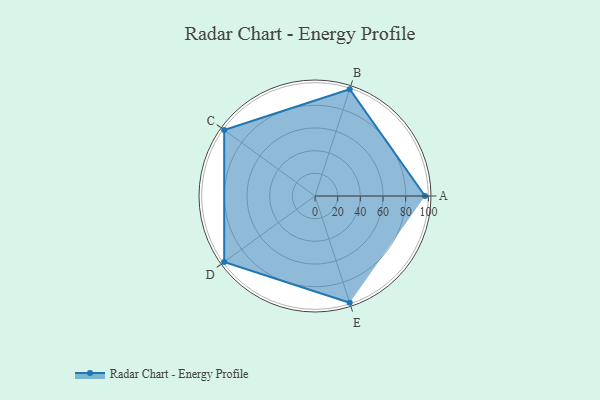
{"axis": {"x": "Skill", "y": "Score"}, "legend": ["Profile"], "data": [{"x": "A", "y": 97.0, "type": "Profile"}, {"x": "B", "y": 99, "type": "Profile"}, {"x": "C", "y": 99, "type": "Profile"}, {"x": "D", "y": 99, "type": "Profile"}, {"x": "E", "y": 99, "type": "Profile"}]}